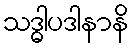
သဒ္ဓါပဒါနာနိ